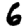
Digit: 6